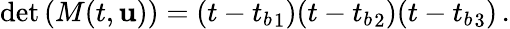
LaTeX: \operatorname*{det}\left(M(t,{\mathbf{u}})\right)=(t-{t_{b}}_{1})(t-{t_{b}}_{2})(t-{t_{b}}_{3})\, .